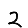
Digit: 2